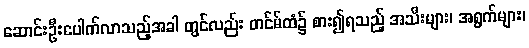
ဆောင်းဦးပေါက်လာသည့်အခါ တွင်လည်း တင်မ်ထံ၌ စား၍ရသည့် အသီးများ၊ အရွက်များ၊